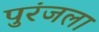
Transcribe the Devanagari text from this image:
पुरंजला